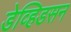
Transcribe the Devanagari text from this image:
डेव्हिडसन